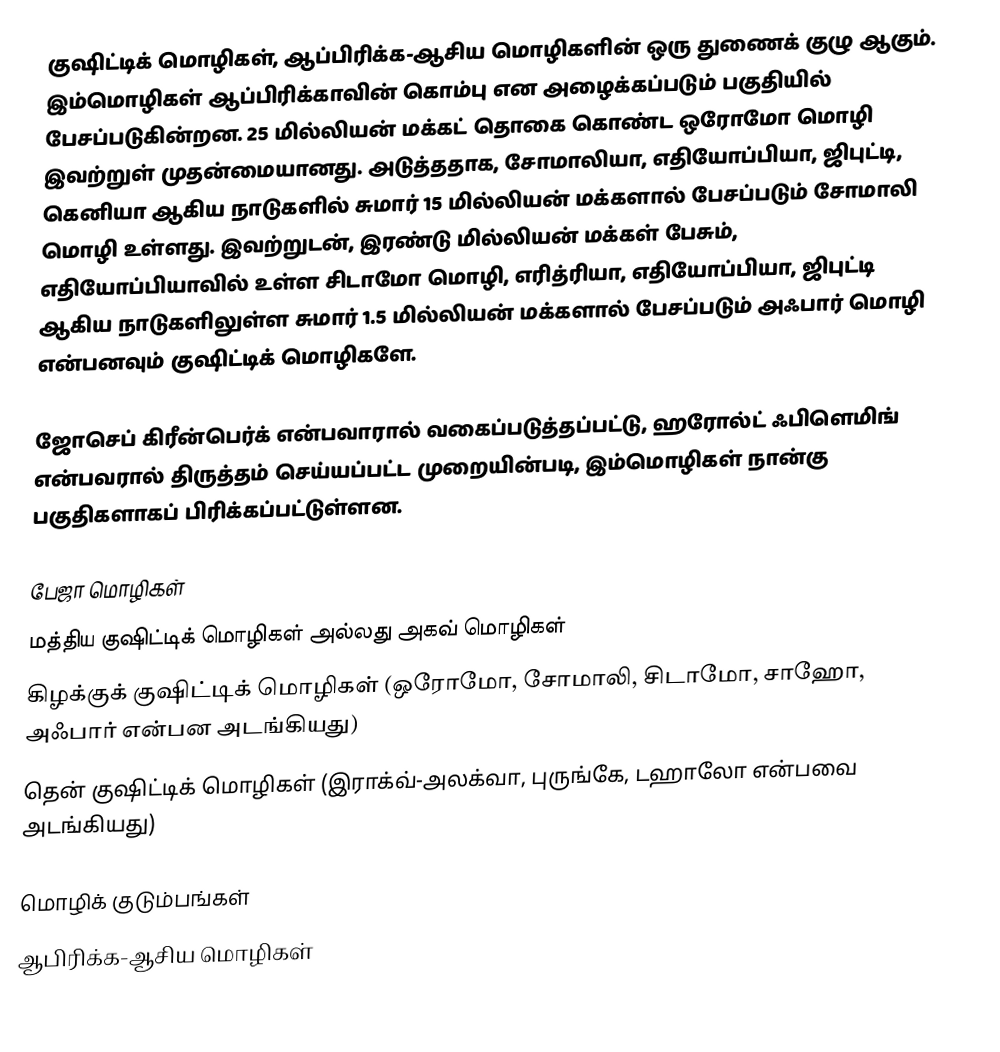
குஷிட்டிக் மொழிகள், ஆப்பிரிக்க-ஆசிய மொழிகளின் ஒரு துணைக் குழு ஆகும். இம்மொழிகள் ஆப்பிரிக்காவின் கொம்பு என அழைக்கப்படும் பகுதியில் பேசப்படுகின்றன. 25 மில்லியன் மக்கட் தொகை கொண்ட ஒரோமோ மொழி இவற்றுள் முதன்மையானது. அடுத்ததாக, சோமாலியா, எதியோப்பியா, ஜிபுட்டி, கெனியா ஆகிய நாடுகளில் சுமார் 15 மில்லியன் மக்களால் பேசப்படும் சோமாலி மொழி உள்ளது. இவற்றுடன், இரண்டு மில்லியன் மக்கள் பேசும், எதியோப்பியாவில் உள்ள சிடாமோ மொழி, எரித்ரியா, எதியோப்பியா, ஜிபுட்டி ஆகிய நாடுகளிலுள்ள சுமார் 1.5 மில்லியன் மக்களால் பேசப்படும் அஃபார் மொழி என்பனவும் குஷிட்டிக் மொழிகளே.

ஜோசெப் கிரீன்பெர்க் என்பவாரால் வகைப்படுத்தப்பட்டு, ஹரோல்ட் ஃபிளெமிங் என்பவரால் திருத்தம் செய்யப்பட்ட முறையின்படி, இம்மொழிகள் நான்கு பகுதிகளாகப் பிரிக்கப்பட்டுள்ளன.

 பேஜா மொழிகள்
 மத்திய குஷிட்டிக் மொழிகள் அல்லது அகவ் மொழிகள்
 கிழக்குக் குஷிட்டிக் மொழிகள் (ஒரோமோ, சோமாலி, சிடாமோ, சாஹோ, அஃபார் என்பன அடங்கியது)
 தென் குஷிட்டிக் மொழிகள் (இராக்வ்-அலக்வா, புருங்கே, டஹாலோ என்பவை அடங்கியது)

மொழிக் குடும்பங்கள்
ஆபிரிக்க-ஆசிய மொழிகள்